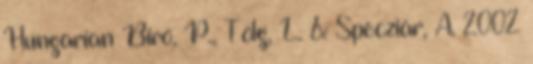
Hungarian Bíró, P., Tölg, L. & Specziár, A. 2002